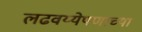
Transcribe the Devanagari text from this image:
लढवय्येपणाच्या